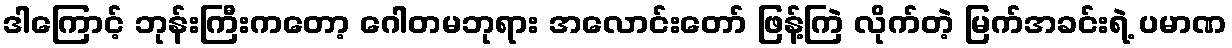
ဒါကြောင့် ဘုန်းကြီးကတော့ ဂေါတမဘုရား အလောင်းတော် ဖြန့်ကြဲ လိုက်တဲ့ မြက်အခင်းရဲ့ ပမာဏ